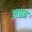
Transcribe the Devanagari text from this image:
जवब